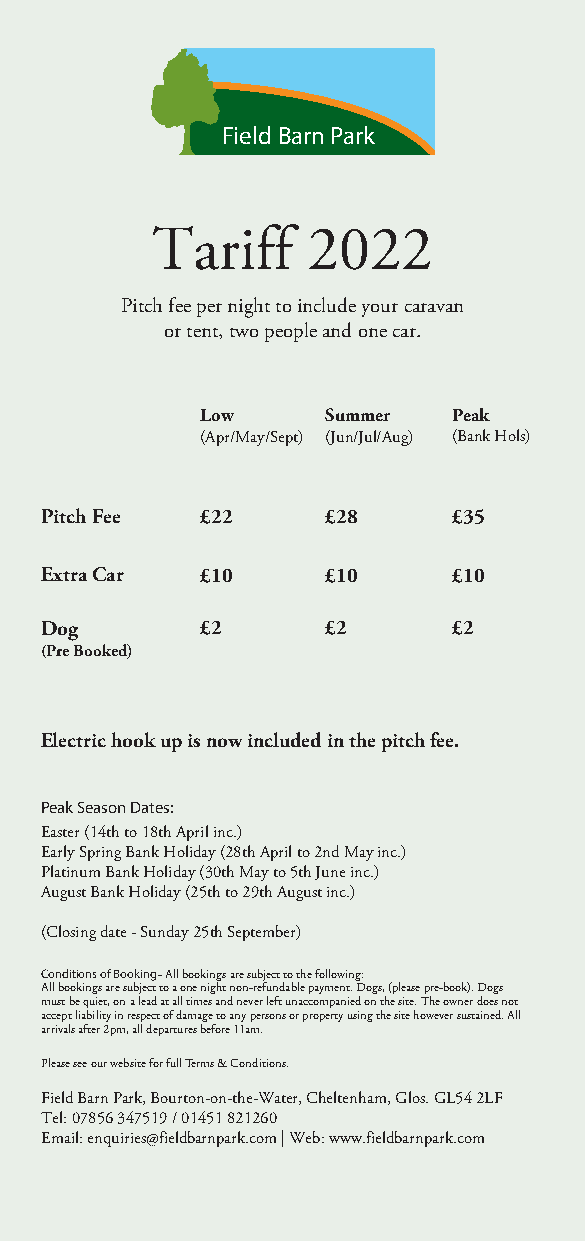
Field Barn Park
 Tariff    2022
 Pitch fee per night to include your caravan
 or tent, two people and one car.
 Low      Summer  Peak
 (Apr/May/Sept) (Jun/Jul/Aug) (Bank Hols)
 Pitch Fee £22      £28     £35
 Extra Car £10      £10     £10
 Dog       £2       £2      £2
 (Pre Booked)
 Electric hook up is now included in the pitch fee.
 Peak Season Dates:
 Easter (14th to 18th April inc.)
 Early Spring Bank Holiday (28th April to 2nd May inc.)
 Platinum Bank Holiday (30th May to 5th June inc.)
 August Bank Holiday (25th to 29th August inc.)
 (Closing date - Sunday 25th September)
 Conditions of Booking - All bookings are subject to the following:
 All bookings are subject to a one night non-refundable payment. Dogs, (please pre-book). Dogs
 must be quiet, on a lead at all times and never left unaccompanied on the site. The owner does not
 accept liability in respect of damage to any persons or property using the site however sustained. All
 arrivals after 2pm, all departures before 11am.
 Please see our website for full Terms & Conditions.
 Field Barn Park, Bourton-on-the-Water, Cheltenham, Glos. GL54 2LF
 Tel: 07856 347519 / 01451 821260
 Email: enquiries@fieldbarnpark.com | Web: www.fieldbarnpark.com